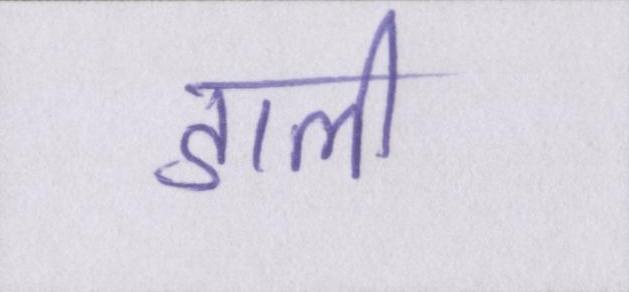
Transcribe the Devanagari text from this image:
डाली